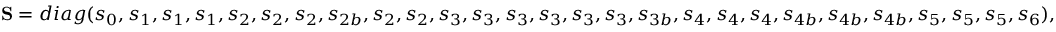
{ \bf { S } } = d i a g ( { s _ { 0 } } , { s _ { 1 } } , { s _ { 1 } } , { s _ { 1 } } , { s _ { 2 } } , { s _ { 2 } } , { s _ { 2 } } , { s _ { 2 b } } , { s _ { 2 } } , { s _ { 2 } } , { s _ { 3 } } , { s _ { 3 } } , { s _ { 3 } } , { s _ { 3 } } , { s _ { 3 } } , { s _ { 3 } } , { s _ { 3 b } } , { s _ { 4 } } , { s _ { 4 } } , { s _ { 4 } } , { s _ { 4 b } } , { s _ { 4 b } } , { s _ { 4 b } } , { s _ { 5 } } , { s _ { 5 } } , { s _ { 5 } } , { s _ { 6 } } ) ,